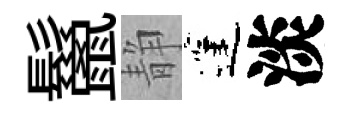
鬣静蓬淡